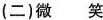
（二）微笑